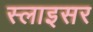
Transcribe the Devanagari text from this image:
स्लाइसर